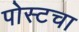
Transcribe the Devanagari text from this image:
पोस्टचा